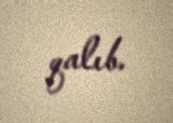
qalıb.